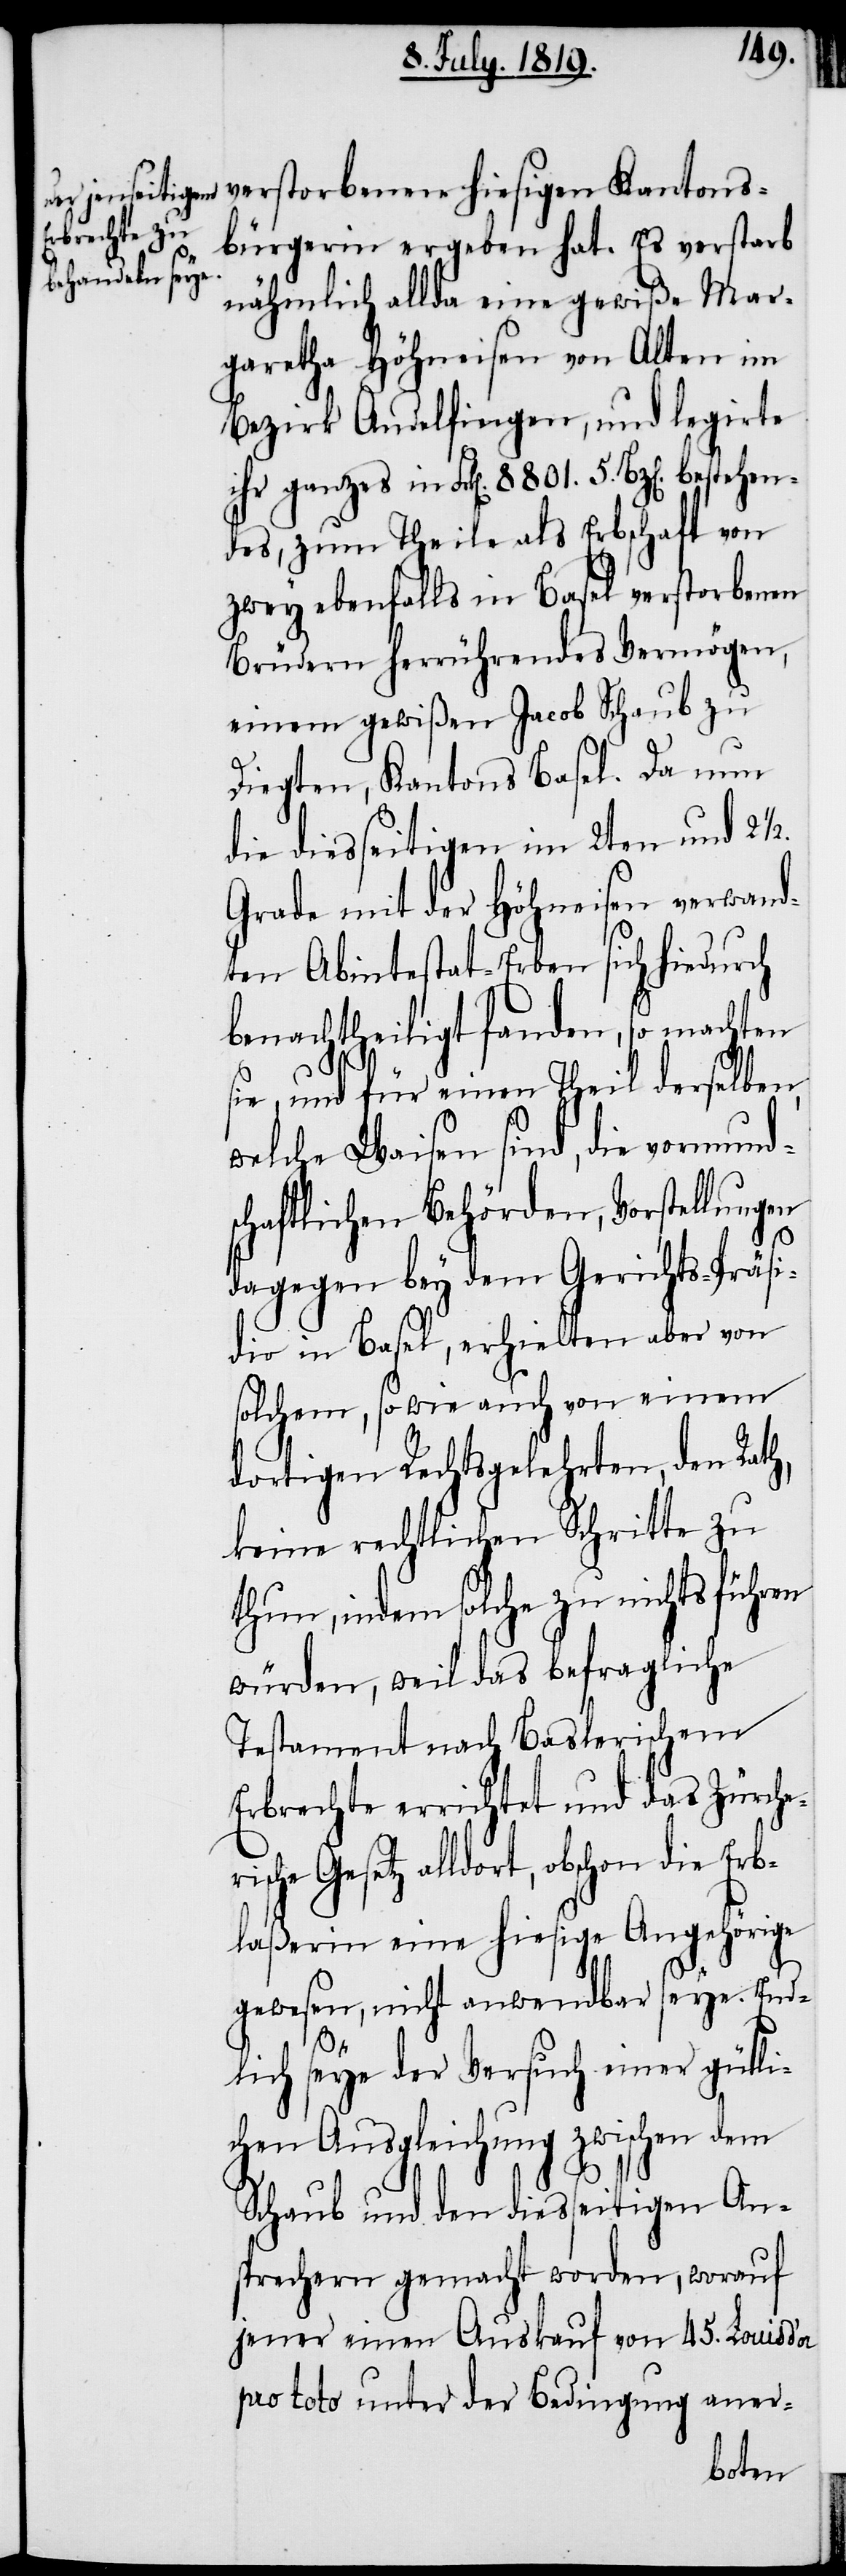
verstorbenen hiesigen Kantons¬
bürgerin ergeben hat. Es verstarb
nähmlich allda eine gewiße Mar¬
garetha Höhneisen von Alten im
Bezirk Andelfingen, und legirte
des, zum Theile als Erbschaft von
zwey ebenfalls in Basel verstorbenen
Brüdern herrührendes Vermögen,
einem gewißen Jacob Schaub zu
5.
Diegten, Kantons Basel. Da nun
die diesseitigen im 2ten und 2 ½.
Grade mit der Höhneisen verwand¬
ten Abintestat-Erben sich hiedurch
benachtheiligt fanden, so machten
sie, und für einen Theil derselben,
welche Waisen sind, die vormund¬
schaftlichen Behörden, Vorstellungen
dagegen bey dem Gerichts-Präsi¬
dio in Basel, erhielten aber von
solchem, sowie auch von einem
dortigen Rechtsgelehrten, den Rath,
keine rechtlichen Schritte zu
thun, indem solche zu nichts führen
würden, weil das befragliche
Testament nach Baslerischem
Erbrechte errichtet und das Zürche¬
rische Gesetz alldort, obschon die Erb¬
laßerin eine hiesige Angehörige
gewesen, nicht anwendbar seye. End¬
lich seye der Versuch einer gütli¬
chen Ausgleichung zwischen dem
Schaub und den diesseitigen An¬
sprechern gemacht worden, worauf
jener einen Auskauf von 45. Louis d’or
pro toto unter der Bedingung aner-
hen¬